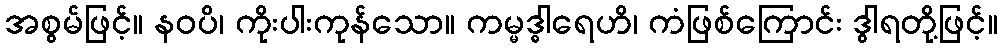
အစွမ်ဖြင့်။ နဝပိ၊ ကိုးပါးကုန်သော။ ကမ္မဒ္ဓါရေဟိ၊ ကံဖြစ်ကြောင်း ဒွါရတို့ဖြင့်။